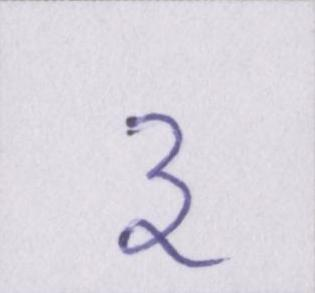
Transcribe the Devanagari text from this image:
३